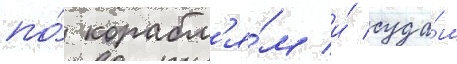
по́ корабл'я́м и́ суда́м